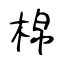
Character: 棉